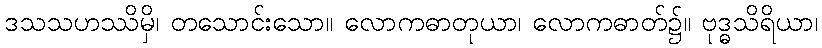
ဒသသဟဿိမှိ၊ တသောင်းသော။ လောကဓာတုယာ၊ လောကဓာတ်၌။ ဗုဒ္ဓသိရိယာ၊